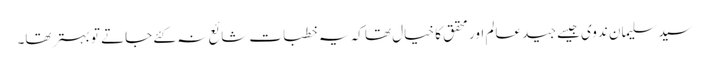
سید سلیمان ندوی جیسے جید عالم اور محقق کا خیال تھا کہ یہ خطبات شائع نہ کئے جاتے تو بہتر تھا۔